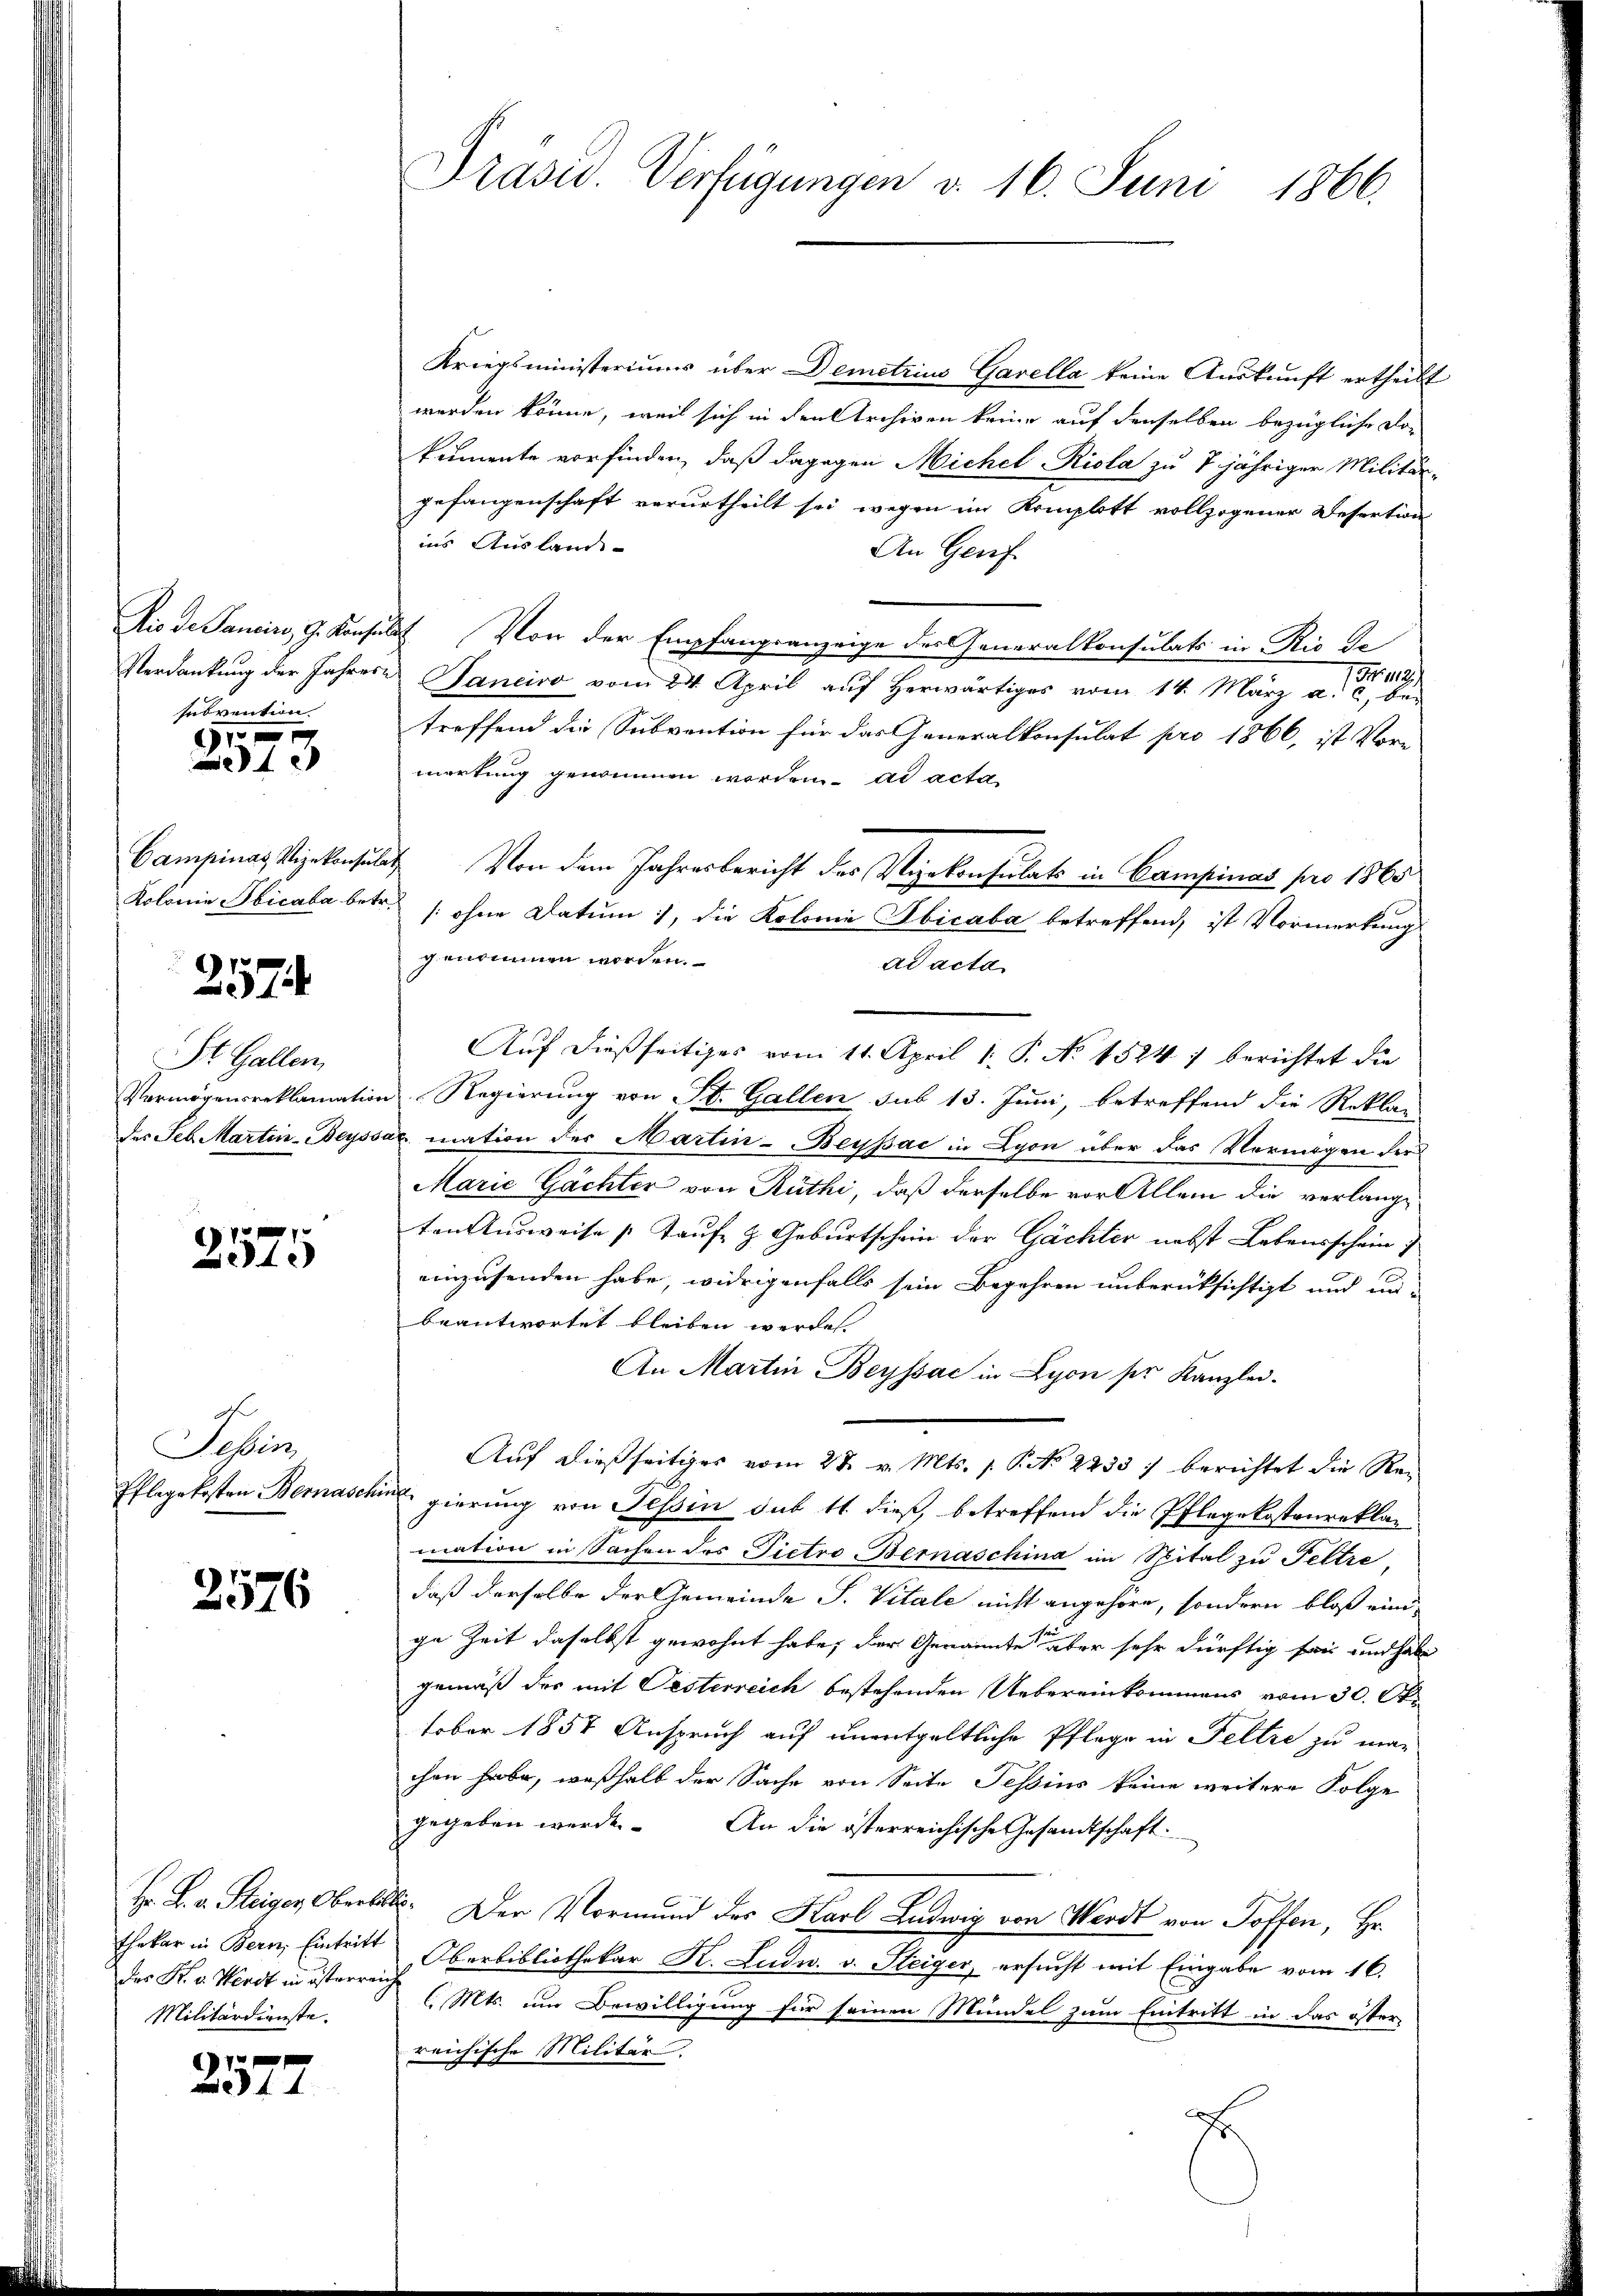
subvention

17 x
x

2574

St. Gallen

7
Sede

Tessin,
Pflegekosten Bernasc

2576

Militärdienste.

2577

Kriegsministeriums über Demetrius Garella keine Auskunft ertheilt
werden könne, weil sich in den Archiven keine auf denselben bezügliche Dokumente vorfinden, daß dagegen Michel-Riola zu 7 jähriger Militär-
Gefangenschaft verurtheilt sei wegen im Komplott vollzogener Resertion
ins Ausland-
An Genf
Dis de Sanciro, G. Konsulat Von der Empfangsanzeige der Generalkonsulats in Rio de
No. 112.
Verdankung der Jahres Saneiro vom 24. April auf herwärtiges vom 14. März a. c. bei
treffend die Subvention für das Generalkonsulat pro 1866, ist Vor-
merkung genommen worden. ad acta
Campinas Vizekonsulat Von dem Jahresbericht des Vizekonsulats in Campinas pro 1865
Kolonie Bbicala betr. /: ohne Datum, die Kolonie Abicaba betreffend, ist Vormerkung
genommen worden.
ad acta
Auf dießseitiges vom 11. April 1. P. No 1524 berichtet die
Vermögensreklamation Regierŭng von St. Gallen sub 13. Juni, betreffend die Rekla-
des Seb. Martin-Beyssac mation der Martin-Beypac in Lyon über das Vermögen der
Marie Gächter von Rüthi, daß derselbe vor Allem die verlangten Ausweise (Taufe & Geburtschein der Gächter nebst Lebensschein
einzusenden habe, widrigenfalls sein Begehren unberüksichtigt und un-
beantwortet bleiben werden.
An Martin Beyssac in Lyon ser Kanzlei-
Auf dießseitiges vom 28. v. Mts. 1. P. No 2233) berichtet die Rec
hin gierung von Tessin sub 11 dieß, betreffend die Pflegekostenreklag
mation in Sachen des Pietro Bernaschina im Spital zu Feltre,
daß derselbe der Gemeinde S. Vitale nicht angehöre, sondern bloß eini-
ge Zeit daselbst gewohnt habe, der Genannte aber sehr dürftig sei und habe
gemäß der mit Oesterreich bestehenden Uebereinkommens vom 30. Oktober 1857 Anspruch auf unentgeltliche Pflege in Feltze zu machen habe, weßhalb der Sache von Seite Tessins keine weitere Folge
gegeben werde. An die österreichische Gesandtschaft.
Hr. L. v. Steiger, Oberhalte. Der Vormund des Karl Ludwig von Wirdt von Toffen, Hr.
thekar in Bern, Eintritt Oberbibliothekar K. Ludn. v. Steiger, ersŭcht mit Eingabe vom 16.
des K. v. Herdt in österrech (Mts. um Bewilligung für seinen Mündel zum Eintritt in das öster
reichische Militär.
F
Fr

Präsid. Verfügungen d. 16. Juni 1866.